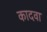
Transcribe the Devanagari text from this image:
कादवा